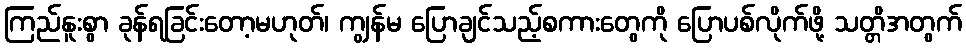
ကြည်နူးစွာ ခုန်ရခြင်းတော့မဟုတ်၊ ကျွန်မ ပြောချင်သည့်စကားတွေကို ပြောပစ်လိုက်ဖို့ သတ္တိအတွက်